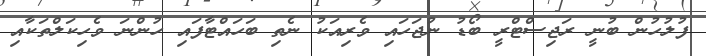
ފުލުހުން ބުނީ ރަޖިސްޓްރީ ބޯޑު ނުޖަހައި ވެރިއަކު ނެތި ބަހައްޓާފައި ހުންނަ ވެހިކަލްތަކާއި